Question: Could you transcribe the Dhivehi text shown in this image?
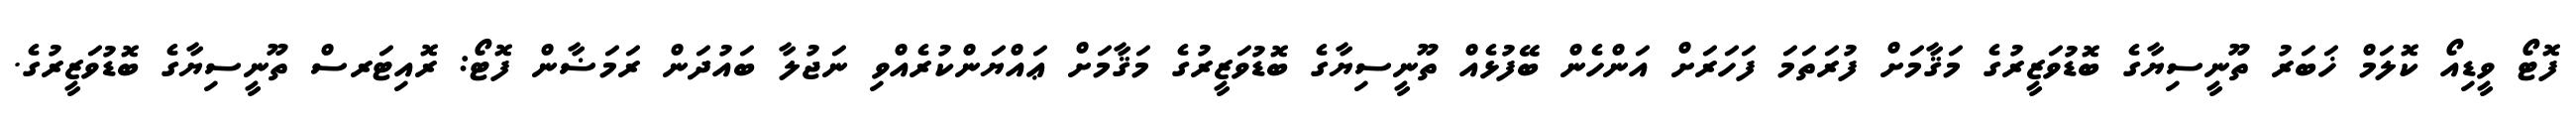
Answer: ފޮޓޯ ވީޑިއޯ ކޮލަމް ޚަބަރު ތޫނީސިޔާގެ ބޮޑުވަޒީރުގެ މަޤާމަށް ފުރަތަމަ ފަހަރަށް އަންހެން ބޭފުޅެއް ތޫނީސިޔާގެ ބޮޑުވަޒީރުގެ މަޤާމަށް ޢައްޔަންކުރެއްވި ނަޖުލާ ބައުދަން ރަމަޟާން ފޮޓޯ: ރޮއިޓަރސް ތޫނީސިޔާގެ ބޮޑުވަޒީރުގެ.